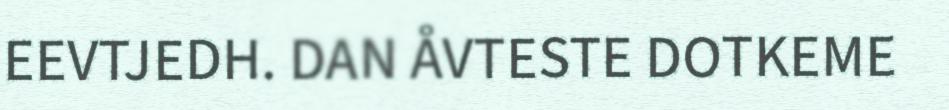
EEVTJEDH. DAN ÅVTESTE DOTKEME